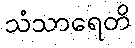
သံသာရေတိ